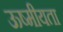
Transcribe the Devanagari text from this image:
ऊष्मीयता